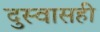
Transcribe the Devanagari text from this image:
दुस्वासही